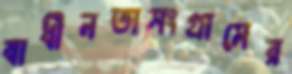
স্বাধীনতাসংগ্রামের